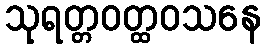
သုရတ္တဝတ္ထဝသနေ